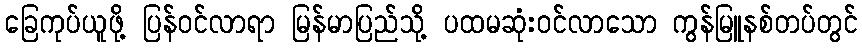
ခြေကုပ်ယူဖို့ ပြန်ဝင်လာရာ မြန်မာပြည်သို့ ပထမဆုံးဝင်လာသော ကွန်မြူနစ်တပ်တွင်